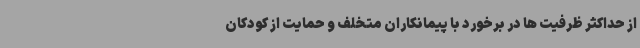
از حداکثر ظرفیت ها در برخورد با پیمانکاران متخلف و حمایت از کودکان